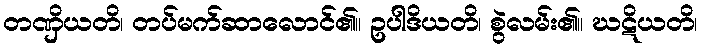
တဏှိယတိ၊ တပ်မက်ဆာလောင်၏။ ဥပါဒိယတိ၊ စွဲလမ်း၏။ ဃဋိယတိ၊